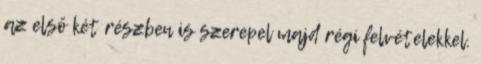
az első két részben is szerepel majd régi felvételekkel.